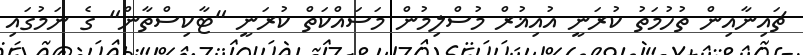
ޗައިނާއިން ތުހުމަތު ކުރަނީ އުއިޣުރް މުސްލިމުން މަސައްކަތް ކުރަނީ "ޓާކިސްތާން" ގެ ނަމުގައި